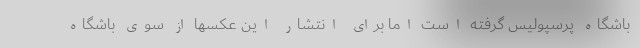
باشگاه پرسپولیس گرفته است اما برای انتشار این عکسها از سوی باشگاه